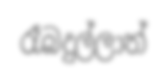
රෑබදුල්ලාත්